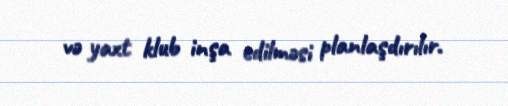
və yaxt klub inşa edilməsi planlaşdırılır.